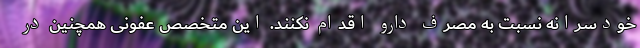
خودسرانه نسبت به مصرف دارو اقدام نکنند. این متخصص عفونی همچنین در